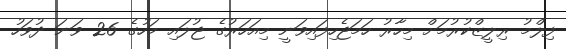
ފިލްމު ރިލީޒްކުރުމަށް މިހާރު ހަމަޖެހިފައިވަނީ މިއަހަރުގެ ޖުލައި މަހުގެ 26 ވަނަ ދުވަހު